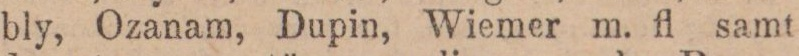
bly, Ozanam, Dupin, Wiemer m. fl. samt